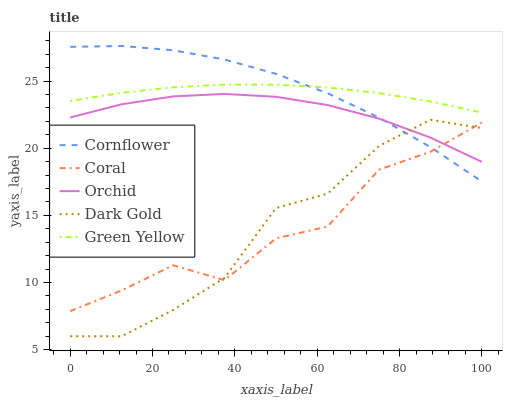
| xaxis_label | Cornflower | Coral | Orchid | Dark Gold | Green Yellow |
 | --- | --- | --- | --- | --- | --- |
 | 0 | 27.6 | 7.87 | 22.3 | 6 | 23.5 |
 | 12.5 | 27.6 | 9.41 | 23.3 | 6 | 24.1 |
 | 25 | 27.3 | 11.3 | 23.9 | 7.96 | 24.5 |
 | 37.5 | 26.6 | 10.2 | 24 | 10.3 | 24.7 |
 | 50 | 25.5 | 13.3 | 23.8 | 15.6 | 24.7 |
 | 62.5 | 24.1 | 14.2 | 23.2 | 16.6 | 24.5 |
 | 75 | 22.3 | 18.4 | 22.2 | 20.2 | 24.1 |
 | 87.5 | 20.1 | 19.7 | 20.8 | 22.1 | 23.5 |
 | 100 | 17.5 | 21.9 | 19 | 21.5 | 22.7 |